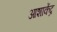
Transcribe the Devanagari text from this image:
आशाकेंद्र